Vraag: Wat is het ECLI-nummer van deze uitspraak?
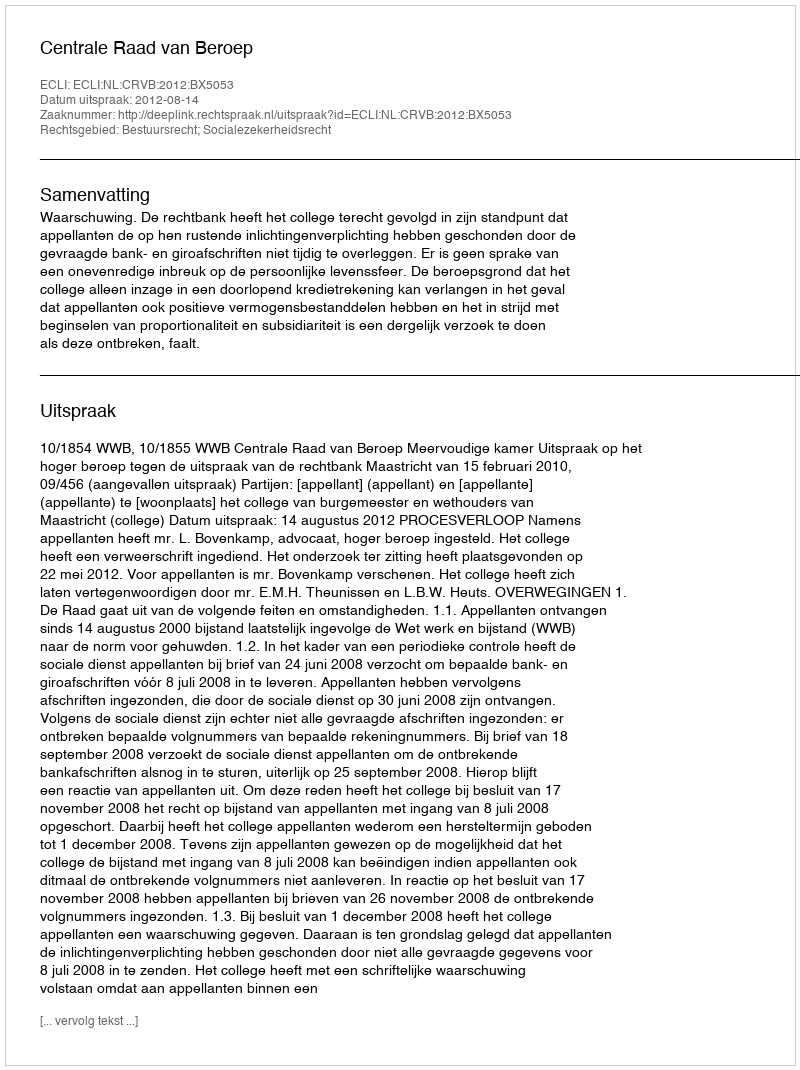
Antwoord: ECLI:NL:CRVB:2012:BX5053